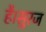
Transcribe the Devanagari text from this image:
है।सुरज